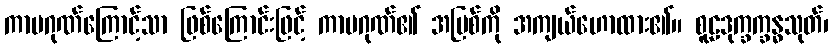
ကာမဂုဏ်ကြောင့်သာ ဖြစ်ကြောင်းဖြင့် ကာမဂုဏ်၏ အပြစ်ကို အကျယ်ဟောထား၏။ စူဠဒုက္ခက္ခန္ဓသုတ်၊